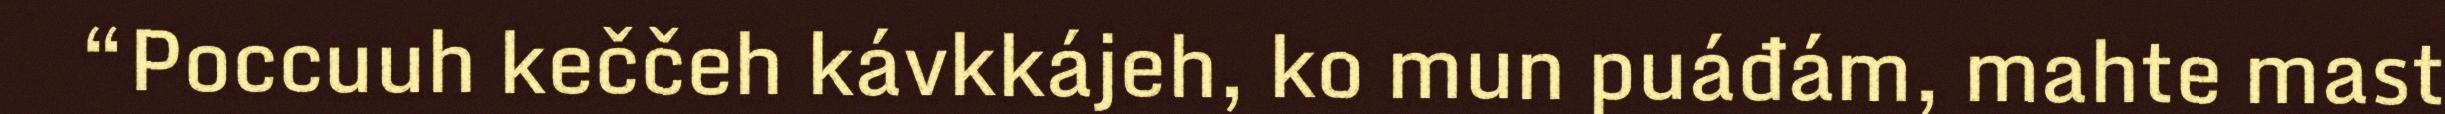
“Poccuuh keččeh kávkkájeh, ko mun puáđám, mahte mast